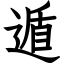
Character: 遁